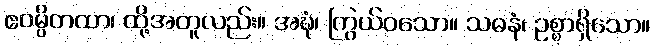
ဧဝမ္ပိတထာ၊ ထို့အတူလည်း။ အဍ္ဎံ၊ ကြွယ်ဝသော။ သဓနံ၊ ဥစ္စာရှိသော။